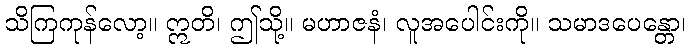
သိကြကုန်လော့။ ဣတိ၊ ဤသို့။ မဟာဇနံ၊ လူအပေါင်းကို။ သမာဒပေန္တော၊